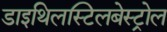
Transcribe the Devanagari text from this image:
डाइथिलस्टिलबेस्ट्रोल